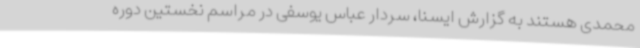
محمدی هستند به گزارش ایسنا، سردار عباس یوسفی در مراسم نخستین دوره